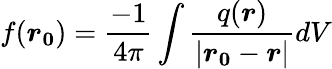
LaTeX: f(\boldsymbol{r_{0}})=\frac{-1}{4\pi}\int\frac{q(\boldsymbol{r})}{|\boldsymbol{r_{0}}-\boldsymbol{r}|}dV